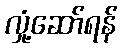
လှုံ့ဆော်ရန်